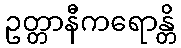
ဥတ္တာနီကရောန္တိ